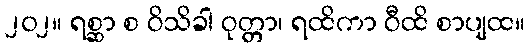
၂၀၂။ ရစ္ဆာ စ ဝိသိခါ ဝုတ္တာ၊ ရထိကာ ဝီထိ စာပျထ။